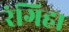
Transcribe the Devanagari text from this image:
रंगिहा